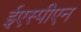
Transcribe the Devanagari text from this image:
ईएस्पीएन